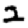
Digit: 2